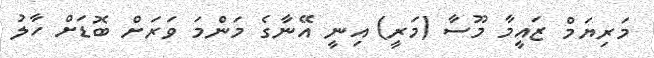
މަރިޔަމް ޒައީމާ މޫސާ (މަރީ) އިނީ އޭނާގެ މަންމަ ވަރަށް ބޮޑަށް ހާލު